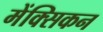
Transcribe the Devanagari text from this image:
मेंक्सिकन